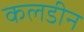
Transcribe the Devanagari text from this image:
कलडीन